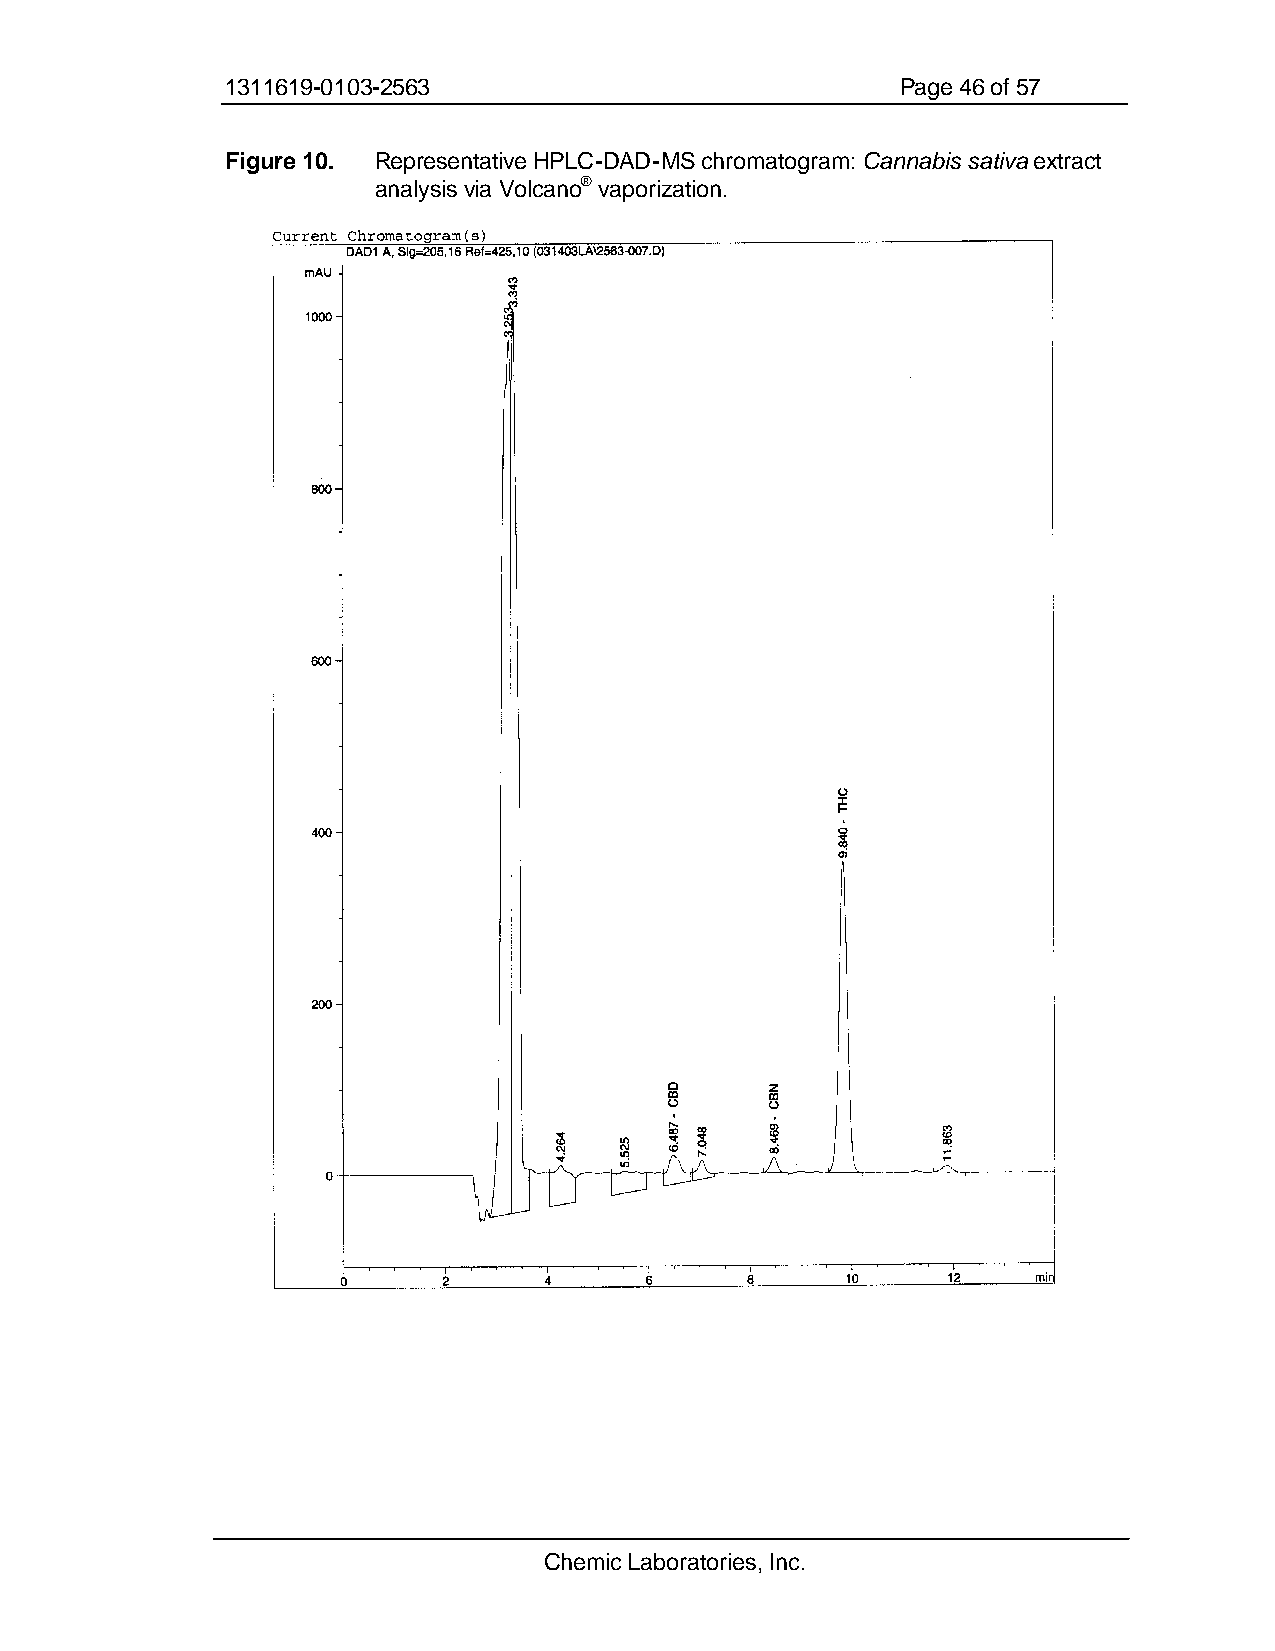
1311619-0103-2563                            Page 46 of 57
 Figure 10. Representative HPLC-DAD-MS chromatogram: Cannabis sativa extract
 analysis via Volcano® vaporization.
 Chemic Laboratories, Inc.